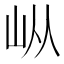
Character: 𰎌